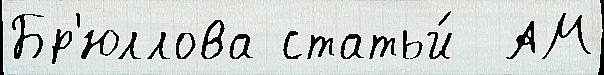
Бр'юллова статьи́  АМ